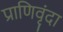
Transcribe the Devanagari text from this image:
प्राणिवृंदा